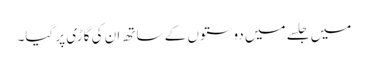
میں جلسے میں دوستوں کے ساتھ ان کی گاڑی پر گیا۔